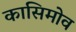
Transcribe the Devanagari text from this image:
कासिमोव